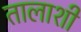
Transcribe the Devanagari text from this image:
तालाशी